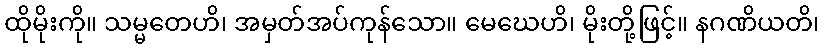
ထိုမိုးကို။ သမ္မတေဟိ၊ အမှတ်အပ်ကုန်သော။ မေဃေဟိ၊ မိုးတို့ဖြင့်။ နဂဏိယတိ၊